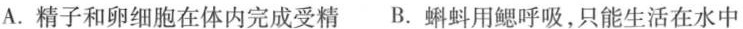
A.精子和卵细胞在体内完成受精 B.蝌蚪用鳃呼吸，只能生活在水中